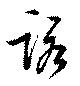
諾